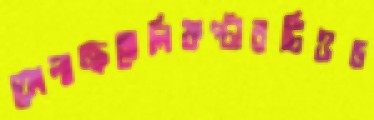
ফোলাচ্ছহেলিকপ্টারটিওচ